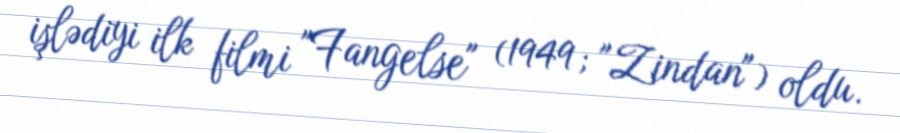
işlədiyi ilk filmi "Fangelse" (1949; "Zindan") oldu.